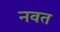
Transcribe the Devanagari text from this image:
नवत